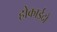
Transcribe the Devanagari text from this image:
होकाईदो